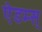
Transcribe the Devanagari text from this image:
ऐडम्स्‌